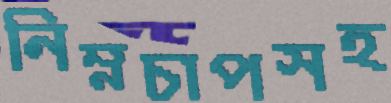
নিম্নচাপসহ